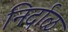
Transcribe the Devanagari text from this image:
निर्दाळ